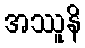
အဿူနိ